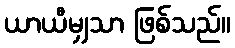
ယာယီမျှသာ ဖြစ်သည်။